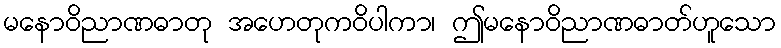
မနောဝိညာဏဓာတု အဟေတုကဝိပါကာ၊ ဤမနောဝိညာဏဓာတ်ဟူသော